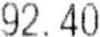
92.40